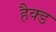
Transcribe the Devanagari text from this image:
हैक्ड